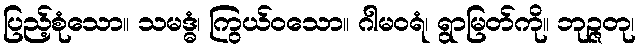
ပြည့်စုံသော။ သမဒ္ဓံ၊ ကြွယ်ဝသော။ ဂါမဝရံ၊ ရွာမြတ်ကို။ ဘုဉ္ဇတု၊